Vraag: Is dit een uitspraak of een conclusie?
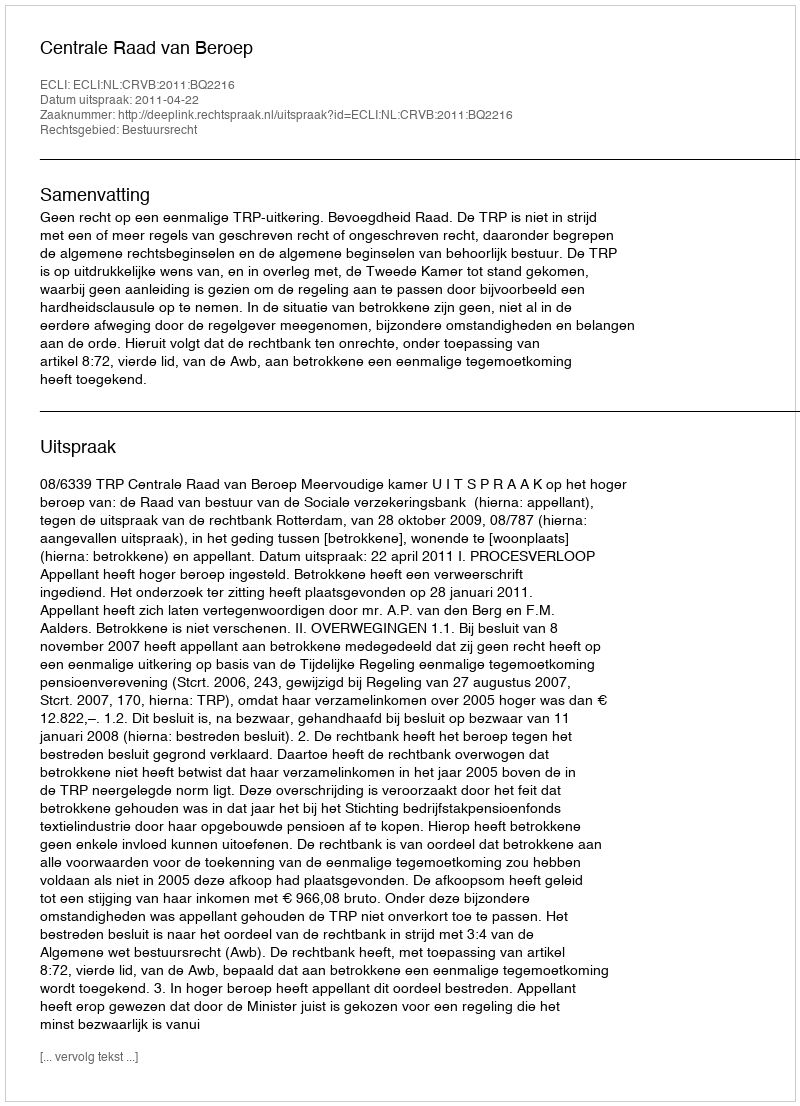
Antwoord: Uitspraak